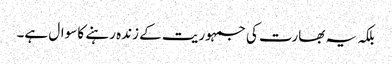
بلکہ یہ بھارت کی جمہوریت کے زندہ رہنے کا سوال ہے۔